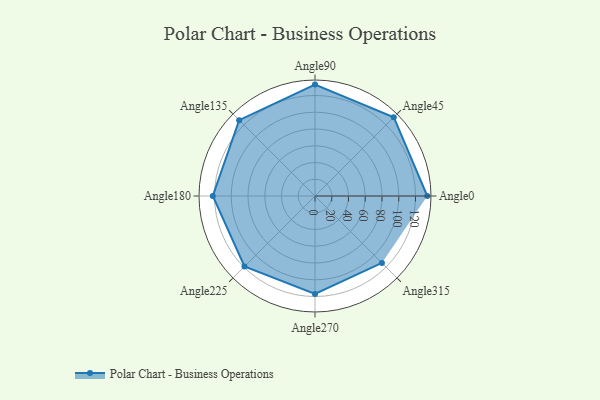
{"axis": {"x": "Angle", "y": "Radius"}, "legend": [""], "data": [{"x": "Angle0", "y": 134.0, "type": ""}, {"x": "Angle45", "y": 133.0, "type": ""}, {"x": "Angle90", "y": 133.0, "type": ""}, {"x": "Angle135", "y": 128.0, "type": ""}, {"x": "Angle180", "y": 122.0, "type": ""}, {"x": "Angle225", "y": 119.0, "type": ""}, {"x": "Angle270", "y": 117.0, "type": ""}, {"x": "Angle315", "y": 113.0, "type": ""}]}